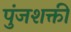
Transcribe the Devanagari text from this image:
पुंजशक्ती